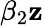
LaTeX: \beta_{2}\mathbf{z}